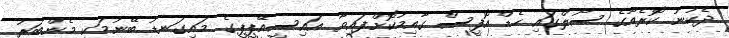
ދެކުނު ކޮރެއާގެ ސޯލްގައި ހެޑް އޮފީސް ގާއިމުކޮށްފައިވާ އައިސީއޭޕީޕީގެ މައިގަނޑު ބޭނުމަކީ މެންބަރު